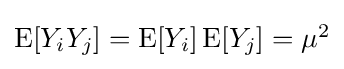
{\textstyle \operatorname {E} [Y_{i}Y_{j}]=\operatorname {E} [Y_{i}]\operatorname {E} [Y_{j}]=\mu ^{2}}